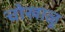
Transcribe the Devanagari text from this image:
चोखाळू